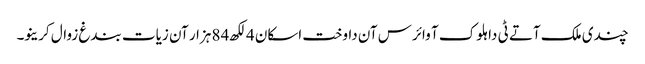
چندی ملک آتے ٹی دا ہلوک آ وائرس آن داوخت اسکان 4 لکھ 84 ہزار آن زیات بندغ زوال کرینو۔